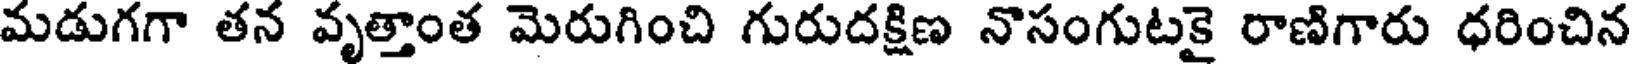
మడుగగా తన వృత్తాంత మెరుగించి గురుదక్షిణ నొసంగుటకై రాణిగారు ధరించిన